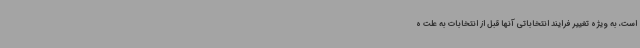
است، به ویژه تغییر فرایند انتخاباتی آنها قبل از انتخابات به علت ه